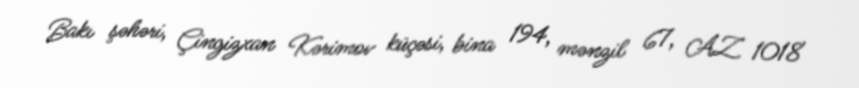
Bakı şəhəri, Çingizxan Kərimov küçəsi, bina 194, mənzil 67, AZ 1018